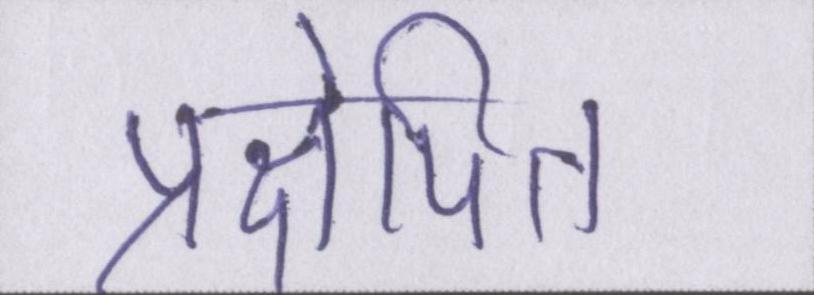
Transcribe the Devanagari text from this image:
प्रक्षेपित